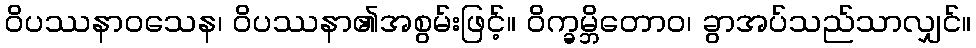
ဝိပဿနာဝသေန၊ ဝိပဿနာ၏အစွမ်းဖြင့်။ ဝိက္ခမ္ဘိတောဝ၊ ခွာအပ်သည်သာလျှင်။